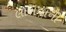
લાખવાની